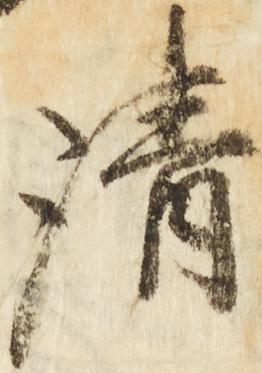
清